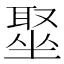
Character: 𫮣